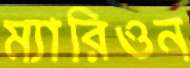
ম্যারিওন